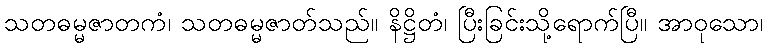
သတဓမ္မဇာတကံ၊ သတဓမ္မဇာတ်သည်။ နိဋ္ဌိတံ၊ ပြီးခြင်းသို့ရောက်ပြီ။ အာဝုသော၊